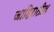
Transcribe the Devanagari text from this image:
जाहिरातील